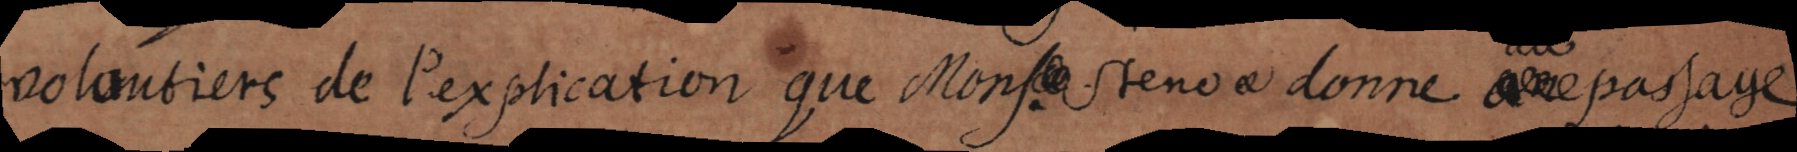
volontiers de l’explication que Mons. Stenon donne au passage